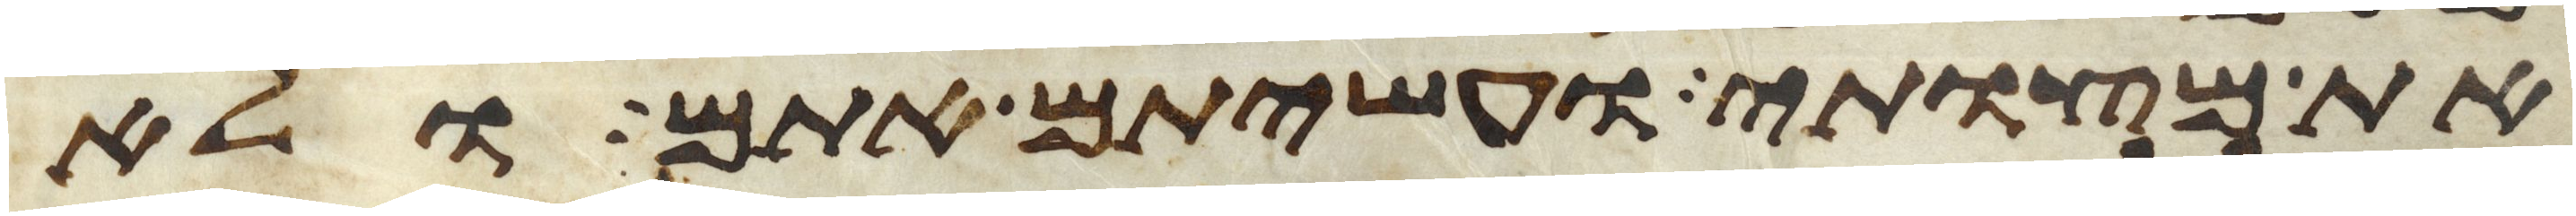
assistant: את מצותי ועשיתם אתם ולא